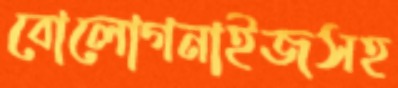
বোলোগনাইজসহ